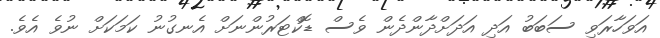
އަވަހާރަވި ސަބަބު އަދި އަދަށްދާންދެން ވެސް ޑޮކްޓަރުންނަށް އެނގުނު ކަމަކަށް ނުވެ އެވެެ.